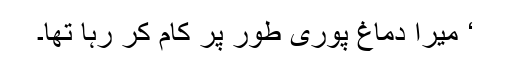
‘ میرا دماغ پوری طور پر کام کر رہا تھا۔